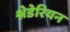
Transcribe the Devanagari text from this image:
श्नेडेरियन